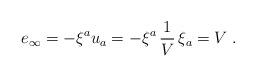
LaTeX: \begin{align*}e_{\infty}=-\xi^{a}u_{a}=-\xi^{a}\,{1\over V}\,\xi_{a}=V\;.\end{align*}